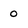
Character: 0